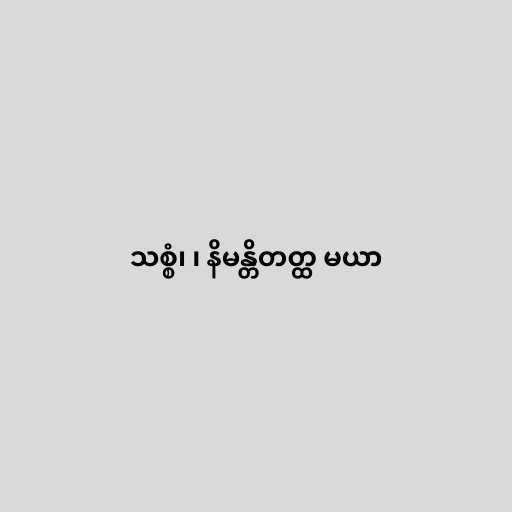
သစ္စံ၊ ၊ နိမန္တိတတ္ထ မယာ